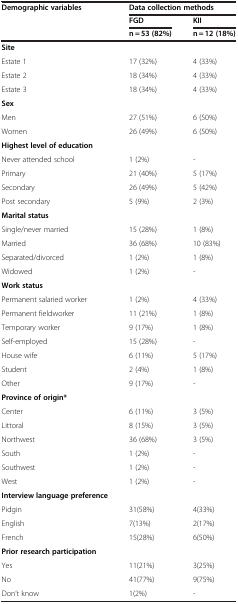
<table><thead><tr><td rowspan="3"><b>Demographic variables</b></td><td colspan="2"><b>Data collection methods</b></td></tr><tr><td><b>FGD</b></td><td><b>KII</b></td></tr><tr><td><b>n = 53 (82%)</b></td><td><b>n = 12 (18%)</b></td></tr></thead><tbody><tr><td><b>Site</b></td><td> </td><td> </td></tr><tr><td>Estate 1</td><td>17 (32%)</td><td>4 (33%)</td></tr><tr><td>Estate 2</td><td>18 (34%)</td><td>4 (33%)</td></tr><tr><td>Estate 3</td><td>18 (34%)</td><td>4 (33%)</td></tr><tr><td><b>Sex</b></td><td> </td><td> </td></tr><tr><td>Men</td><td>27 (51%)</td><td>6 (50%)</td></tr><tr><td>Women</td><td>26 (49%)</td><td>6 (50%)</td></tr><tr><td><b>Highest level of education</b></td><td> </td><td> </td></tr><tr><td>Never attended school</td><td>1 (2%)</td><td>-</td></tr><tr><td>Primary</td><td>21 (40%)</td><td>5 (17%)</td></tr><tr><td>Secondary</td><td>26 (49%)</td><td>5 (42%)</td></tr><tr><td>Post secondary</td><td>5 (9%)</td><td>2 (3%)</td></tr><tr><td><b>Marital status</b></td><td> </td><td> </td></tr><tr><td>Single/never married</td><td>15 (28%)</td><td>1 (8%)</td></tr><tr><td>Married</td><td>36 (68%)</td><td>10 (83%)</td></tr><tr><td>Separated/divorced</td><td>1 (2%)</td><td>1 (8%)</td></tr><tr><td>Widowed</td><td>1 (2%)</td><td>-</td></tr><tr><td><b>Work status</b></td><td> </td><td> </td></tr><tr><td>Permanent salaried worker</td><td>1 (2%)</td><td>4 (33%)</td></tr><tr><td>Permanent fieldworker</td><td>11 (21%)</td><td>1 (8%)</td></tr><tr><td>Temporary worker</td><td>9 (17%)</td><td>1 (8%)</td></tr><tr><td>Self-employed</td><td>15 (28%)</td><td>-</td></tr><tr><td>House wife</td><td>6 (11%)</td><td>5 (17%)</td></tr><tr><td>Student</td><td>2 (4%)</td><td>1 (8%)</td></tr><tr><td>Other</td><td>9 (17%)</td><td>-</td></tr><tr><td><b>Province of origin*</b></td><td> </td><td> </td></tr><tr><td>Center</td><td>6 (11%)</td><td>3 (5%)</td></tr><tr><td>Littoral</td><td>8 (15%)</td><td>3 (5%)</td></tr><tr><td>Northwest</td><td>36 (68%)</td><td>3 (5%)</td></tr><tr><td>South</td><td>1 (2%)</td><td>-</td></tr><tr><td>Southwest</td><td>1 (2%)</td><td>-</td></tr><tr><td>West</td><td>1 (2%)</td><td>-</td></tr><tr><td><b>Interview language preference</b></td><td> </td><td> </td></tr><tr><td>Pidgin</td><td>31(58%)</td><td>4(33%)</td></tr><tr><td>English</td><td>7(13%)</td><td>2(17%)</td></tr><tr><td>French</td><td>15(28%)</td><td>6(50%)</td></tr><tr><td><b>Prior research participation</b></td><td> </td><td> </td></tr><tr><td>Yes</td><td>11(21%)</td><td>3(25%)</td></tr><tr><td>No</td><td>41(77%)</td><td>9(75%)</td></tr><tr><td>Don’t know</td><td>1(2%)</td><td>-</td></tr></tbody></table>